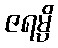
ဇရမ္ပိ